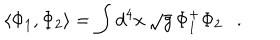
\langle \Phi _ { 1 } , \Phi _ { 2 } \rangle = \int d ^ { 4 } x \, \sqrt { g } \, \Phi _ { 1 } ^ { + } \Phi _ { 2 } .